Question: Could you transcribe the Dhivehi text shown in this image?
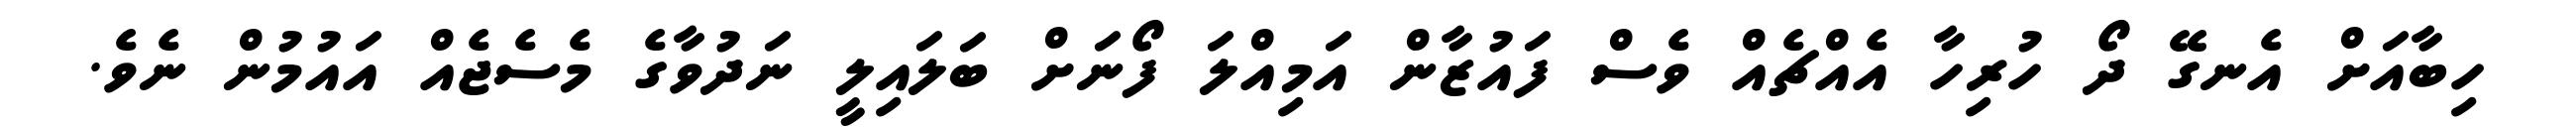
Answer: ހިބާއަށް އެނގޭ ދޯ ހުރިހާ އެއްޗެއް ވެސް ފައުޒާން އަމިއްލަ ފޯނަށް ބަލައިލީ ނަދުވާގެ މެސެޖެއް އައުމުން ނެވެ.